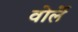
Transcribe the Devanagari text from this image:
वोर्ले